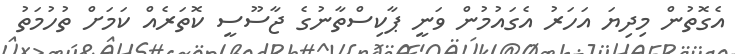
އެގޮތުން މިދިޔަ އަހަރު އެގައުމުން ވަނީ ޕާކިސްތާނުގެ ޖާސޫސީ ކޮތަރެއް ކަމަށް ތުހުމަތު